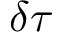
\delta \tau